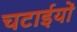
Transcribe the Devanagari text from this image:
चटाईयों